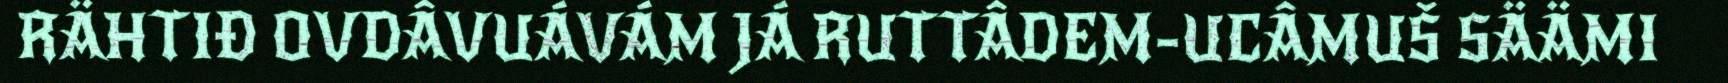
RÄHTIĐ OVDÂVUÁVÁM JÁ RUTTÂDEM-UCÂMUŠ SÄÄMI